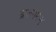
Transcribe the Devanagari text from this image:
ब्रजगमन